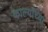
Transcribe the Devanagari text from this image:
कार्ल्यांच्या